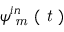
\psi _ { \textit { m } } ^ { i n } ( \textit { t } )